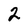
Character: 2